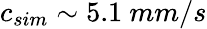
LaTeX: c_{sim}\sim 5.1~mm/s